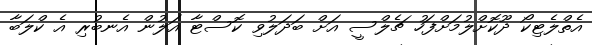
އެތްލެޓިކޯ ދޫކޮށްލުމަށްފަހު ޗެލްސީ އަށް ބަދަލުވި ކޮސްޓާ އަލުން އެނބުރި އެ ކްލަބާ